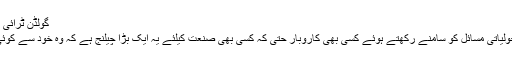
گولڈن ٹرائی اینگل سے اچھا کام لینا
آج کے صحت اور ماحولیاتی مسائل کو سامنے رکھتے ہوئے کسی بھی کاروبار حتیٰ کہ کسی بھی صنعت کیلئے یہ ایک بڑا چیلنج ہے کہ وہ خود سے کوئی بڑی تبدیلی لا سکے۔